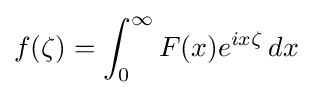
f(\zeta )=\int _{0}^{\infty }F(x)e^{ix\zeta }\,dx